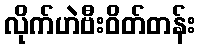
လိုက်ဟဲဗီးဝိတ်တန်း